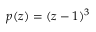
p ( z ) = ( z - 1 ) ^ { 3 }